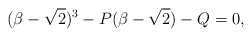
\begin{align*} (\beta -\sqrt{2})^3 - P (\beta -\sqrt{2}) - Q = 0,\end{align*}